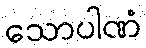
သောပါဏံ